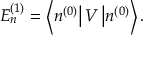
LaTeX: E _ { n } ^ { ( 1 ) } = \left\langle n ^ { ( 0 ) } \right| V \left| n ^ { ( 0 ) } \right\rangle .